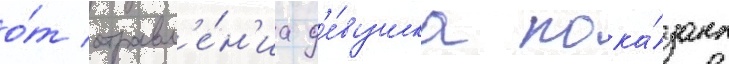
о́т отравл'е́н'иа д'е́вушка пока́зана